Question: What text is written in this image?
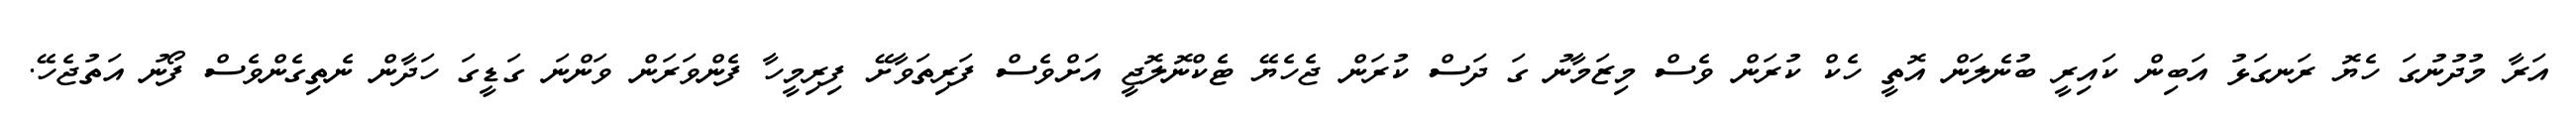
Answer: އަރާ މުދުނުގަ ހެޔޮ ރަނގަޅު އަބިން ކައިރީ ބުނެލަން އޮތީ ހެކް ކުރަން ވެސް މިޒަމާނު ގަ ދަސް ކުރަން ޖެހެޔޭ ޓެކްނޮލޮޖީ އަށްވެސް ފަރިތަވާށޭ ފިރިމީހާ ފެންވަރަން ވަންނަ ގަޑީގަ ހަދާން ނެތިގެންވެސް ފޯނު އަތުޖެހޭ.